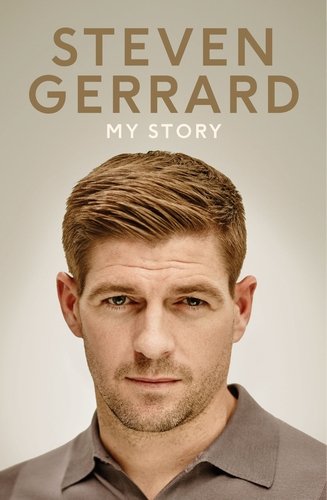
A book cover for My Story; Steven Gerrard; Biographies & Memoirs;